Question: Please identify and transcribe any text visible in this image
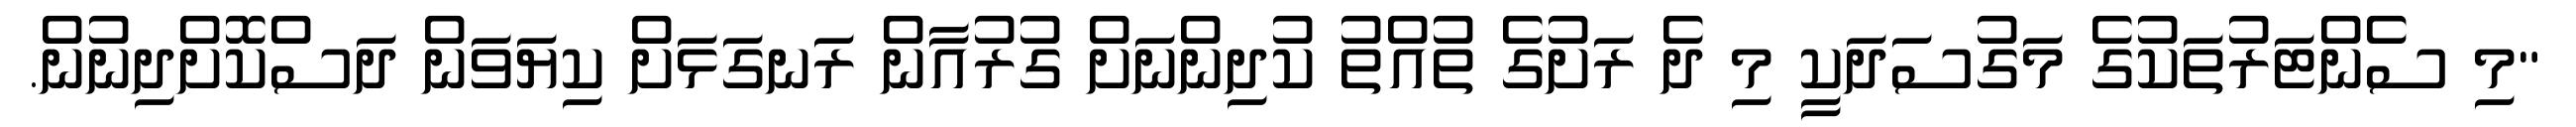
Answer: "މި ސެންޓަރުތަކުގެ މަގުސަދަކީ މި ދެ ރަށުގެ ތުއްތު ކުދިންނަށް ގުރުއާން ރަނގަޅަށް ކިޔަވަން ދަސްކޮށްދިނުން.